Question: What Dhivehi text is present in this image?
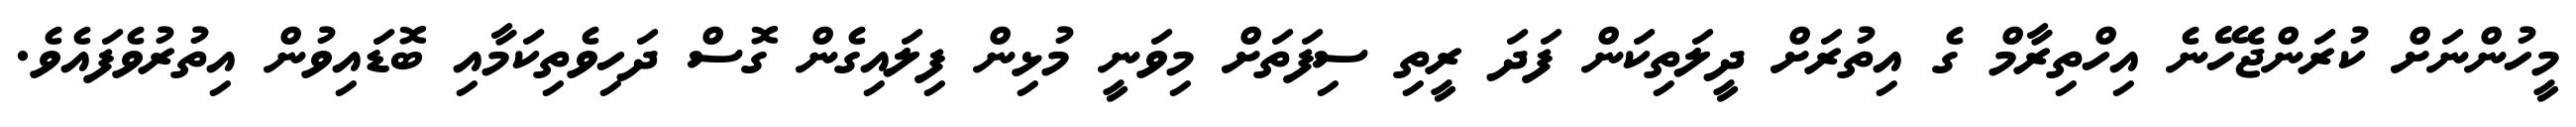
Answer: މީހުންނަށް ކުރަންޖެހޭނެ އިހްތިރާމް ގެ އިތުރަށް ދީލަތިކަން ފަދަ ރީތި ސިފަތަށް މިވަނީ މުޅިން ފިލައިގެން ގޮސް ދަހިވެތިކަމާއި ބޮޑައިވުން އިތުރުވެފައެވެ.